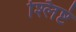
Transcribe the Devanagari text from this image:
श्लिष्टं